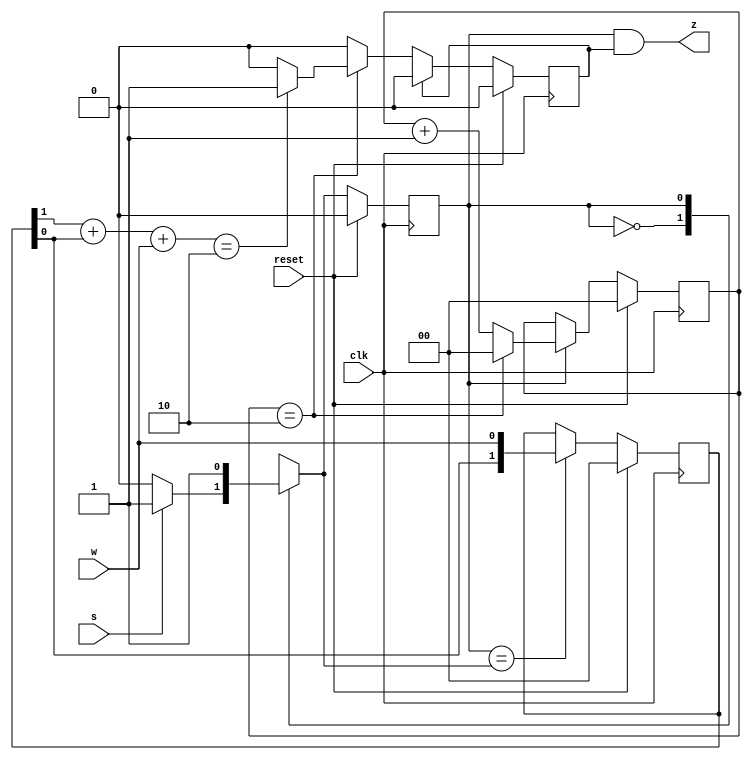
module top_module (
    input clk,
    input reset,   // Synchronous reset
    input s,
    input w,
    output z
);
    
    parameter A = 1'b0, B = 1'b1;
    reg current_state, next_state, flag;
    reg [1:0] count;
    reg [1:0] data;
        
    always@ (*) begin
        case(current_state)
            A: begin
                if(s == 1'b1) begin
                    next_state = B;
                end
                else begin
                    next_state = current_state;
                end
            end
            B: begin
                next_state = current_state;
            end
        endcase
    end
    
    always@ (posedge clk) begin
        if(reset == 1'b1) begin
            current_state <= A;
        end
        else begin
            current_state <= next_state;
        end
    end
    
    
    always@ (posedge clk) begin
        if(reset == 1'b1) begin
            count <= 2'b00;
        end
        else if(current_state == B) begin
            if(count == 2'b10) begin
                count <= 2'b00;
            end
            else begin                
                count <= count + 1'b1;
            end
         end
    end
    
    always@ (posedge clk) begin
        if(reset == 1'b1) begin
            data <= 2'b00;
        end 
        else if(current_state == next_state) begin
            data <= {data[1:0], w};
        end
    end     
          
    always@ (posedge clk) begin
        if(reset == 1'b1) begin
            flag <= 1'b0;
        end
        else if(flag == 1'b1) begin
            flag <= 1'b0;
        end    
        else if(count == 2'b10) begin
            if((data[1] + data[0] + w) == 2) begin
                flag <= 1'b1;  
            end
            else begin
                flag<= 1'b0;
            end
        end    
        else begin
            flag <= 1'b0;
        end    
    end    
         
//    always@ (*) begin
//        case(current_state)
//            A: z = 1'b0;
//            B: z = flag;
//        endcase
//    end
           
    assign z = (current_state == B) & flag;
    
endmodule